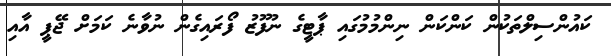
ކައުންސިލްތަކުން ކަންކަން ނިންމުމުގައި ޕާޓީގެ ނުފޫޫޒު ފޯރައިގެން ނުވާނެ ކަމަށް ޖޭޕީ އާއި